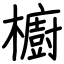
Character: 櫥